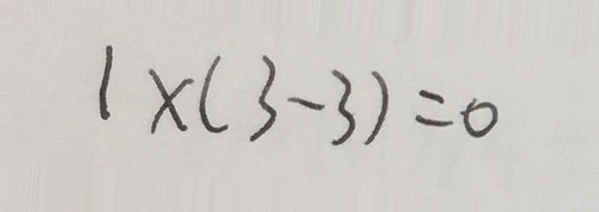
1 \times ( 3 - 3 ) = 0